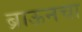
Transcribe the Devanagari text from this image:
ब्राऊनचा